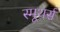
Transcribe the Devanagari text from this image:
स्मूथर्स